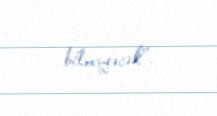
bilməyəcək”.